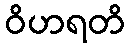
ဝိဟရတိ